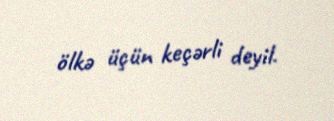
ölkə üçün keçərli deyil.